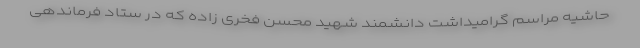
حاشیه مراسم گرامیداشت دانشمند شهید محسن فخری زاده که در ستاد فرماندهی